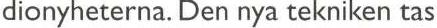
dionyheterna. Den nya tekniken tas